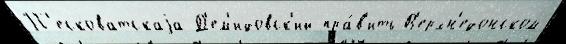
П'есковатскаjа Д'ем'идовск'ий пра́в'ить В'ерхн'едонском